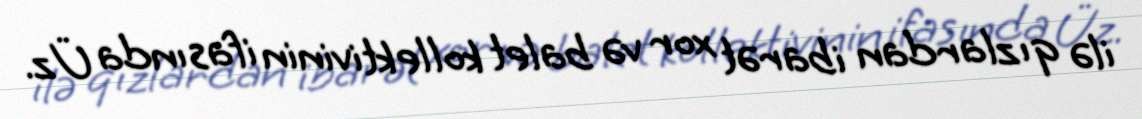
ilə qızlardan ibarət xor və balet kollektivinin ifasında Üz.